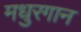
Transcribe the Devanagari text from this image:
मधुरगान